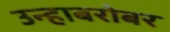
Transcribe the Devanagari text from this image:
उन्हाबरोबर